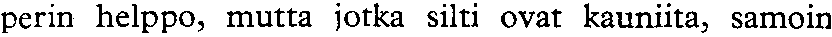
perin helppo, mutta jotka silti ovat kauniita, samoin